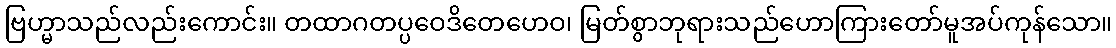
ဗြဟ္မာသည်လည်းကောင်း။ တထာဂတပ္ပဝေဒိတေဟေဝ၊ မြတ်စွာဘုရားသည်ဟောကြားတော်မူအပ်ကုန်သော။